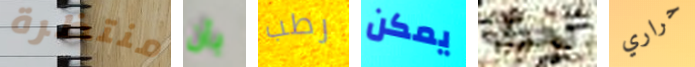
منتظرة بأن رطب يمكن لحرق حراري